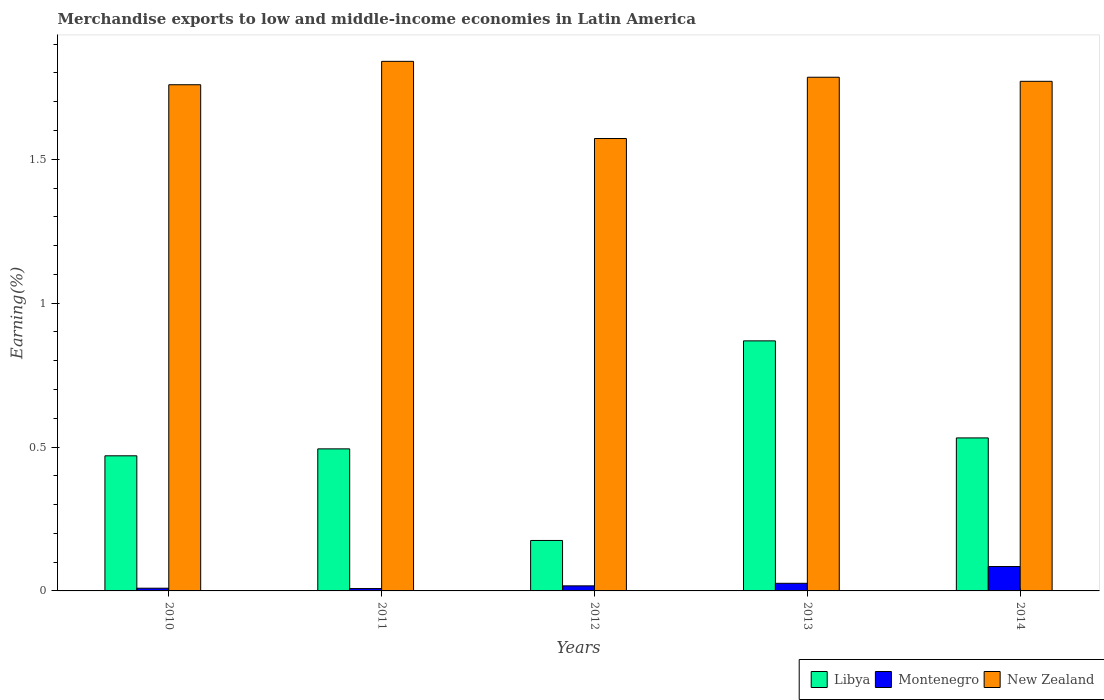
| Years | Libya | Montenegro | New Zealand |
 | --- | --- | --- | --- |
 | 2010 | 0.47 | 0.00942 | 1.76 |
 | 2011 | 0.494 | 0.0082 | 1.84 |
 | 2012 | 0.175 | 0.0176 | 1.57 |
 | 2013 | 0.869 | 0.0265 | 1.79 |
 | 2014 | 0.532 | 0.0848 | 1.77 |